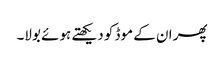
پھر ان کے موڈ کو دیکھتے ہوئے بولا۔